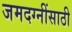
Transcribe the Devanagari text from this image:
जमदग्नींसाठी